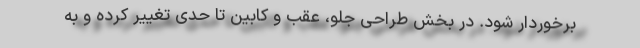
برخوردار شود. در بخش طراحی جلو، عقب و کابین تا حدی تغییر کرده و به